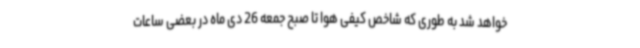
خواهد شد به طوری که شاخص کیفی هوا تا صبح جمعه 26 دی ماه در بعضی ساعات